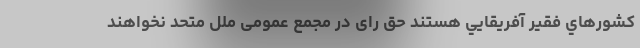
كشورهاي فقير آفريقايي هستند حق رای در مجمع عمومی ملل متحد نخواهند